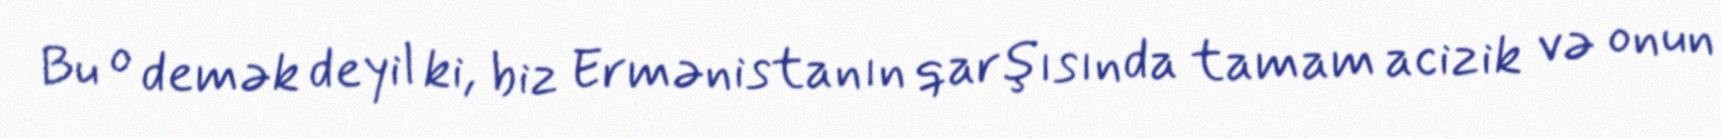
Bu o demək deyil ki, biz Ermənistanın qarşısında tamam acizik və onun